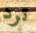
ترد